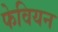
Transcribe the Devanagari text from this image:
फेवियन